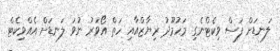
ލަނޑަށް ފަސް ވިކެޓްނެގި މަހުމޫދު ރިޔާޒްއާއި ހަތް އޯވަރު ނުވަ ލަނޑަށް އެއްވިކެޓް